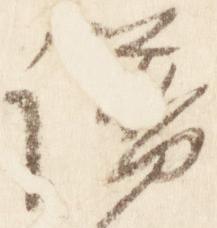
譜